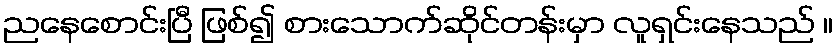
ညနေစောင်းပြီ ဖြစ်၍ စားသောက်ဆိုင်တန်းမှာ လူရှင်းနေသည် ။